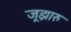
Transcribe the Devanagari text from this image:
जूझारु